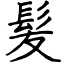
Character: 髪